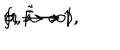
LaTeX: f , \tilde { f } \to 1 , \hspace { 3 m m } a , \tilde { a } \to 1 \hspace { 3 m m } ( r \to \infty ) .